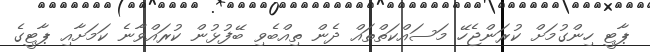
ޕާޓީ ހިންގުމަށް ކުރަންޖެހޭ މަސައްކަތްތައް ދެން ތިއްބެވި ބޭފުޅުން ކުރައްވާނެ ކަމަށާއި ޕާޓީގެ